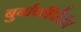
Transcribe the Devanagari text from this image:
बुर्बाकींपैकी